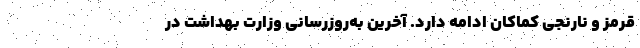
قرمز و نارنجی کماکان ادامه دارد. آخرین به‌روزرسانی وزارت بهداشت در